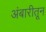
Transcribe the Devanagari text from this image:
अंबारीतून